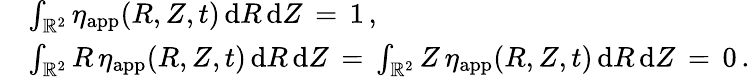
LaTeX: \begin{array}{rl}&{\int_{\mathbb{R}^{2}}\eta_{\mathrm{app}}(R,Z,t)\, \mathrm{d}R\, \mathrm{d}Z\, =\, 1\, ,}\\ &{\int_{\mathbb{R}^{2}}R\, \eta_{\mathrm{app}}(R,Z,t)\, \mathrm{d}R\, \mathrm{d}Z\, =\, \int_{\mathbb{R}^{2}}Z\, \eta_{\mathrm{app}}(R,Z,t)\, \mathrm{d}R\, \mathrm{d}Z\, =\, 0\, .}\end{array}